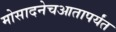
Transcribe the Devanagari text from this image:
मोसादनेचआतापर्यंत